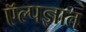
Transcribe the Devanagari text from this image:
ऍल्पज्ञात